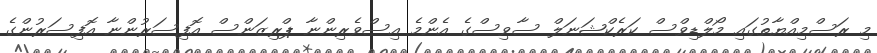
މި ރަސްމިއްޔާތުގައި މޯލްޑިވްސް ކަރެކްޝަނަލް ސާވިސްގެ އެންމެ އިސްވެރިންނާ ޕްރިޒަންސް އޮފިސަރުންނާ އޮފިސަރުންގެ